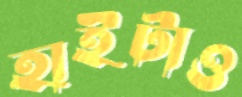
হাইটাও